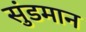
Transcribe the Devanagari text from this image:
सुंडमान